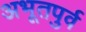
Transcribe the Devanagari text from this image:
अभूतपुर्व